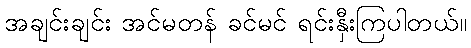
အချင်းချင်း အင်မတန် ခင်မင် ရင်းနှီးကြပါတယ်။